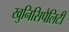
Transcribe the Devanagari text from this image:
खुनिसिपैलिटी